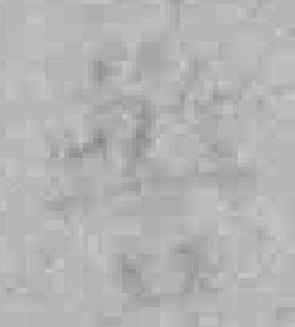
警